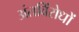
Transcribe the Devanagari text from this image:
अंतविंरोधों